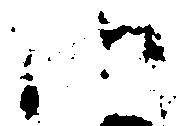
候